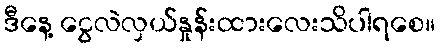
ဒီနေ့ ငွေလဲလှယ်နှုန်းထားလေးသိပါရစေ။